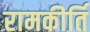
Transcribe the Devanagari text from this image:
रामकीर्ति